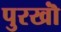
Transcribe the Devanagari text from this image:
पुरखॊं